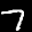
Label: 7